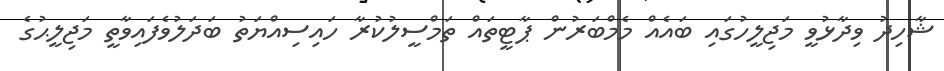
ޝާހިދު ވިދާޅުވީ މަޖިލީހުގައި ބައެއް މެމްބަރުން ޕާޓީތައް ތަމްސީލުކުރާ ހައިސިއްޔަތު ބަދަލުވެފައިވާތީ މަޖިލީޙުގެ